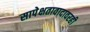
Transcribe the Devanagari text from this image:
सापेक्षतावादावरही